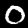
Label: 0